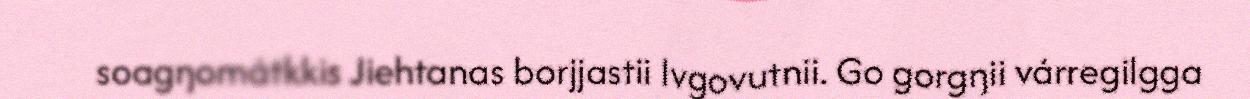
soagŋomátkkis Jiehtanas borjjastii Ivgovutnii. Go gorgŋii várregilgga